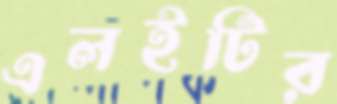
এলইটির